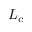
L _ { c }